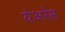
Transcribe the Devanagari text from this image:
येअरेस